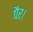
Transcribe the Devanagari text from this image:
पैर।